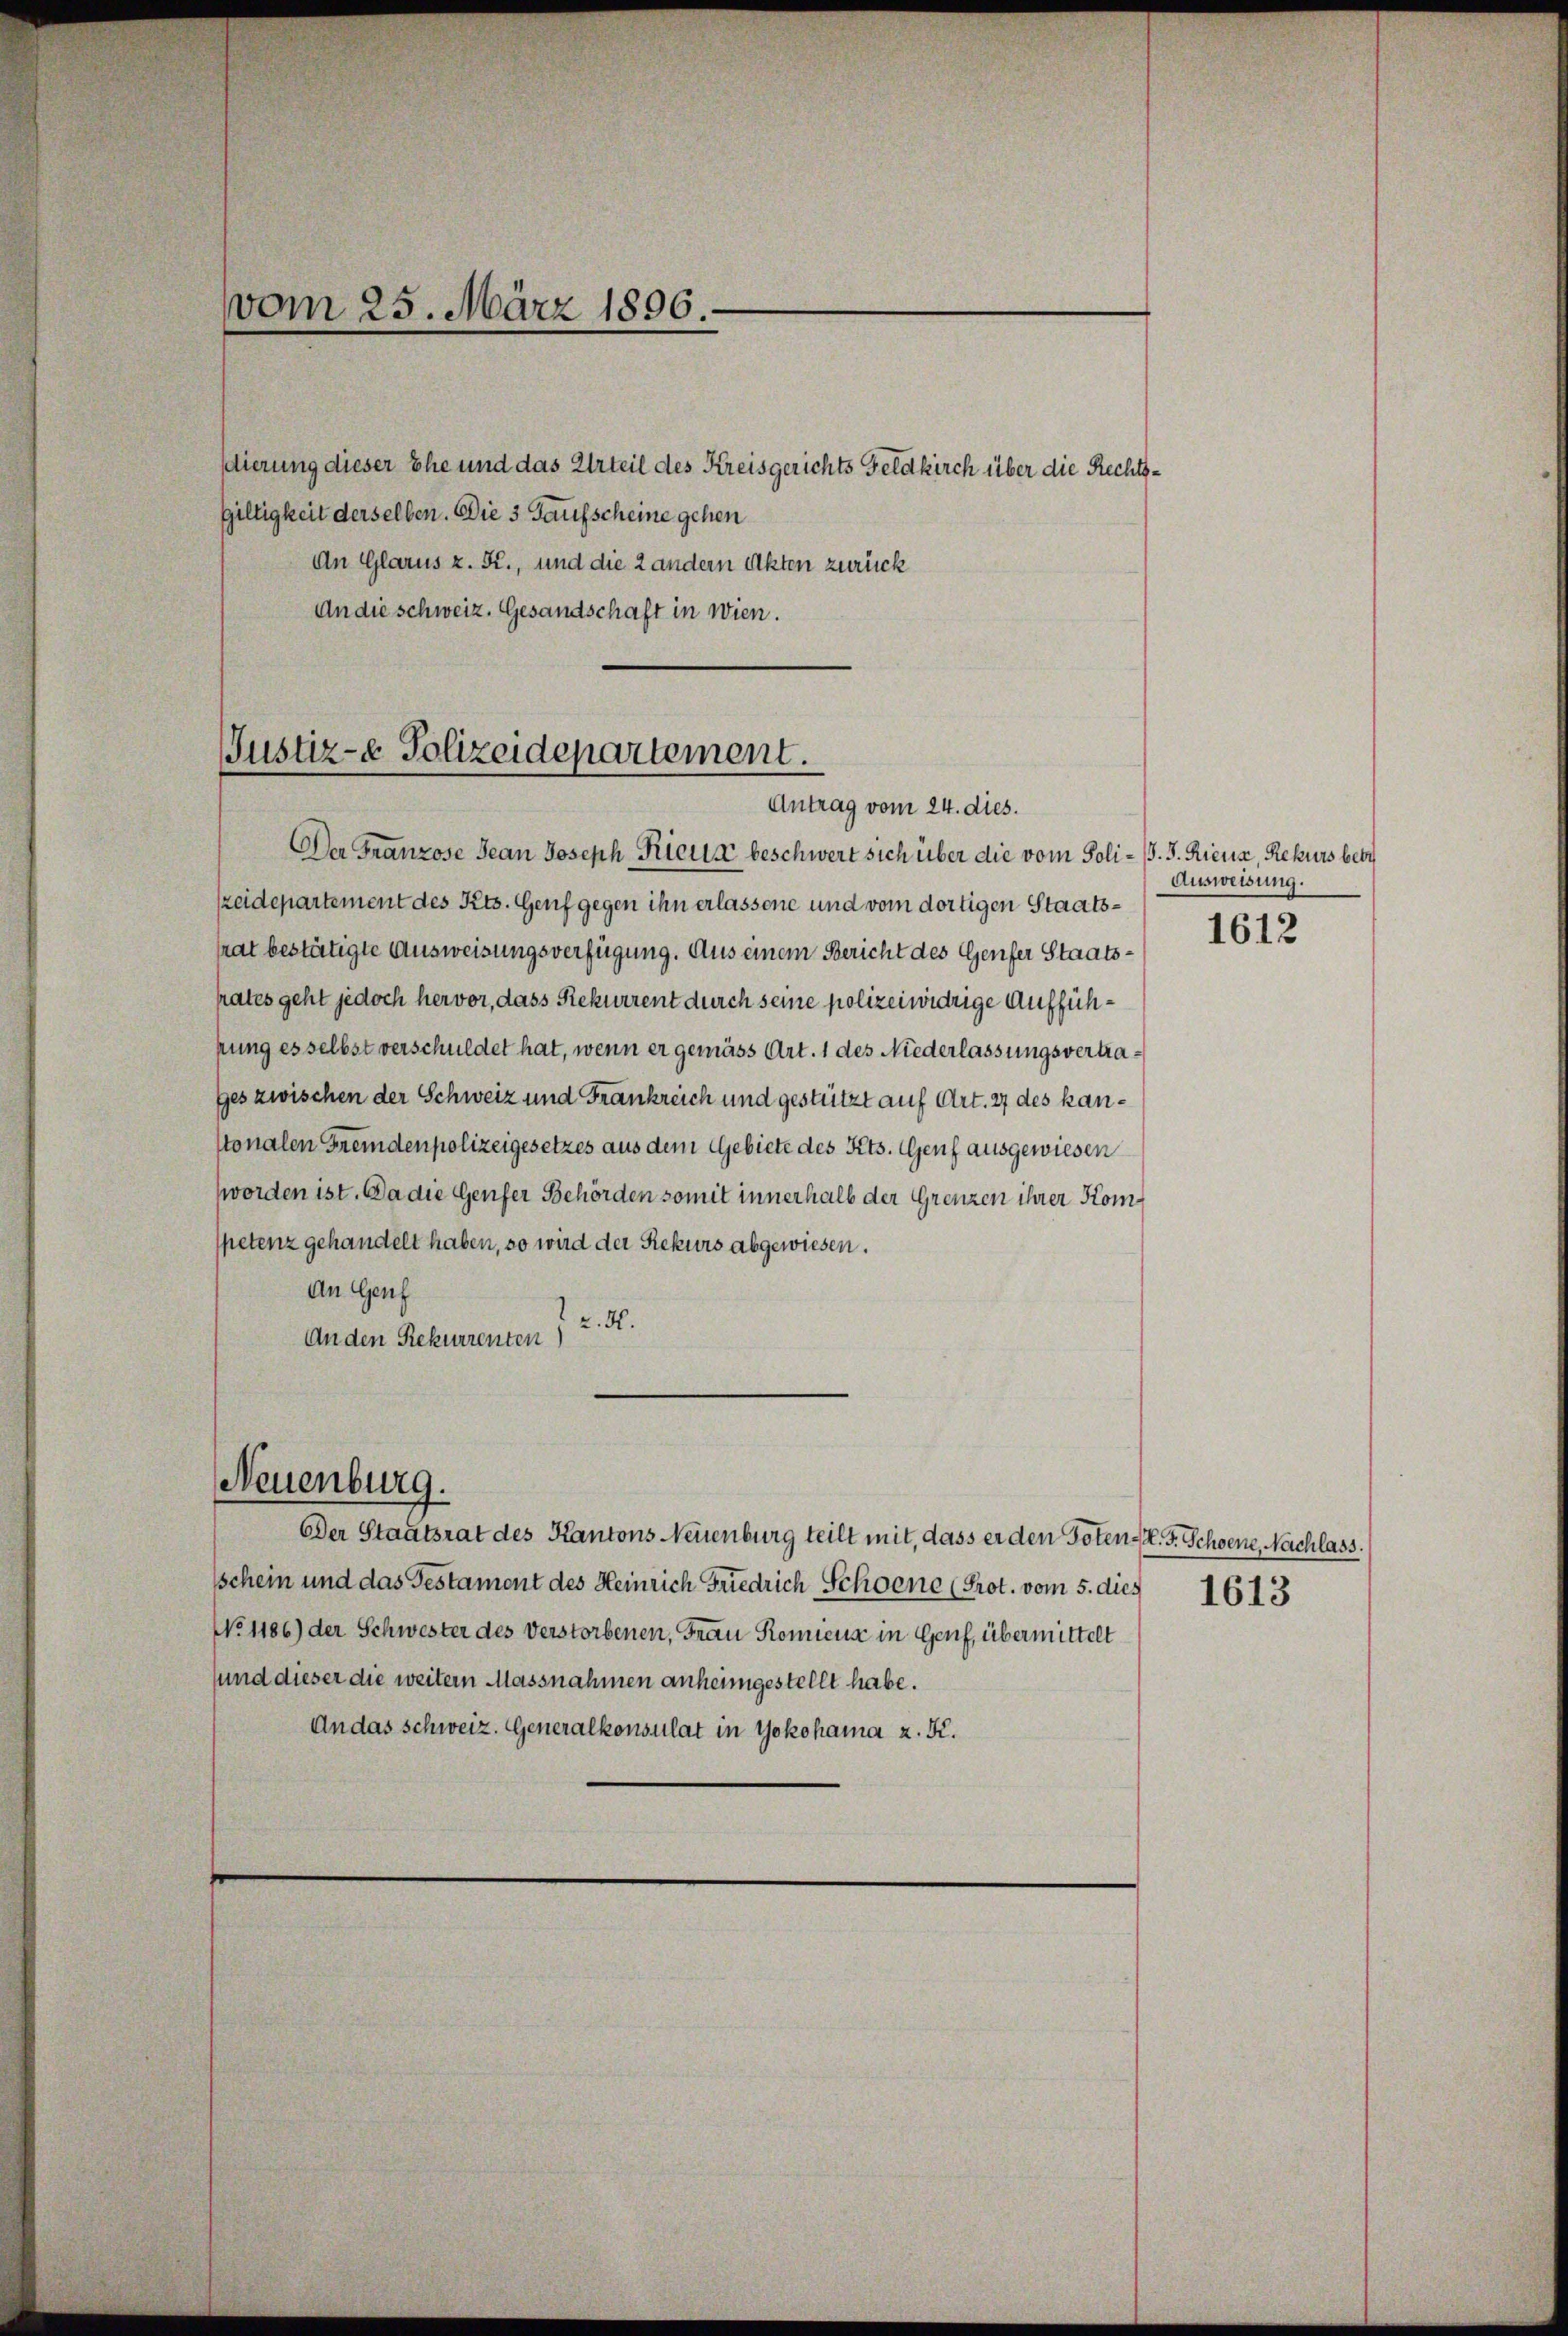
dierung dieser Ehe und das Urteil des Kreisgerichts Feldkirch über die Rechts¬
Giltigkeit derselben. Die 3 Taufscheine gehen
An Glarus z. Kr., und die 2 andern Akten zurück
An die schweiz. Gesandschaft in Wien.

vom 25. März 1896.

Justiz- & Polizeidepartement.
Antrag vom 24. dies.

Der Franzose Jean Joseph Rieuse beschwert sich über die vom Poli- B. 5. Riena, Rekurs betr
zeidepartement des Kts. Genf gegen ihn erlassene und vom dortigen Staatstrat bestätigte Ausweisungsverfügung. Aus einem Bericht des Genfer Staatshates geht jedoch hervor, dass Rekurrent durch seine polizei widrige Auffühkung es selbst verschuldet hat, wenn er gemäss Art. 1 des Niederlassungsvertrages zwischen der Schweiz und Frankreich und gestützt auf Art. 27 des kanstonalen Fremdenpolizeigesetzes aus dem Gebiete des Kts. Genf ausgewiesen
worden ist. Da die Genfer Behörden somit innerhalb der Grenzen ihrer Komspetenz gehandelt haben, so wird der Rekurs abgewiesen.
An Genf
v. 5.
An den Rekurrenten)

Neuenburg.

Der Staatsrat des Kantons Neuenburg teilt mit, dass er den Toten. F. Schoene, Nachlass.
schein und das Gestament des Heinrich Friedrich Schoene (Prot. vom 5. dies 1613
No 1186) der Schwester des Verstorbenen, Frau Romienz in Genf, übermittelt
sund dieser die weitern Massnahmen anheimgestellt habe.
An das schweiz. Generalkonsulat in Yokohama z. K.

Ausweisung.

1612